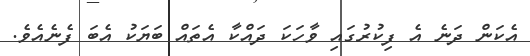
އެކަން ދަނެ އެ ފިކުރުގައި ވާހަކަ ދައްކާ އެތައް ބަޔަކު އެބަ ފެނެއެވެ.